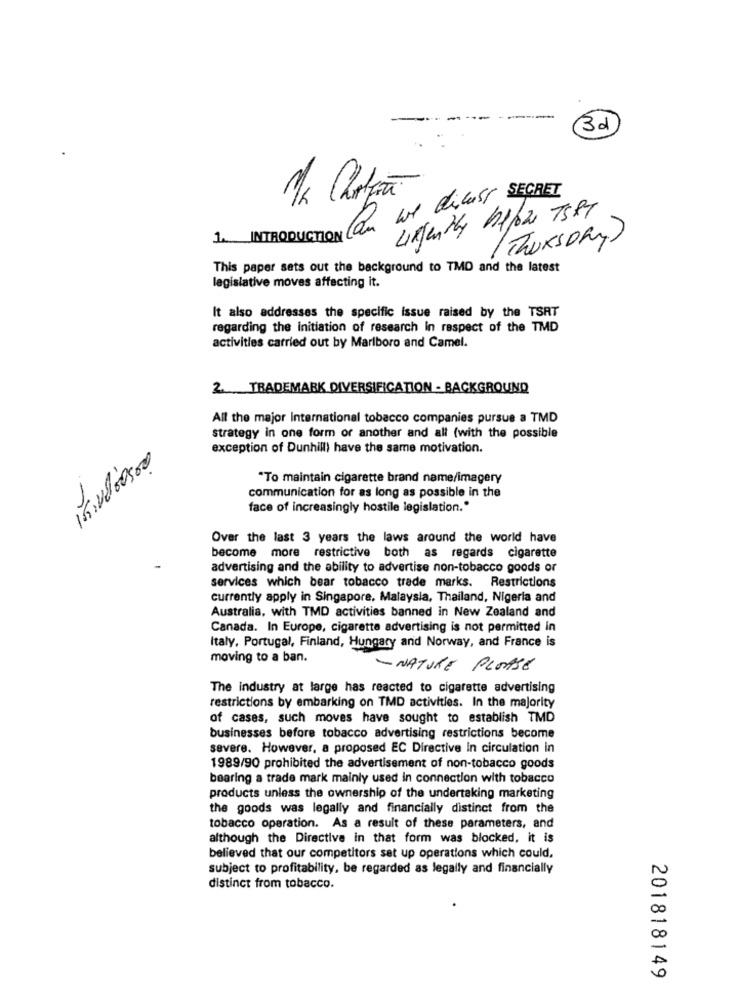
3d
INTRODUCTION Can we dilust, SECRET
1.
( Thursday)
This paper sets out the background to TMD and the latest
legislative moves affecting it.
It also addresses the specific issue raised by the TSRT
regarding the initiation of research In respect of the TMD
activities carried out by Marlboro and Camel.
2. TRADEMARK DIVERSIFICATION - BACKGROUND
All the major international tobacco companies pursue a TMD
strategy in one form or another and all (with the possible
exception of Dunhill) have the same motivation.
15.1800:00
*To maintain cigarette brand name/imagery
communication for as long as possible in the
face of increasingly hostile legislation."
Over the last 3 years the laws around the world have
become more restrictive both as regards cigarette
advertising and the ability to advertise non-tobacco goods or
services which bear tobacco trade marks. Restrictions
currently apply in Singapore, Malaysia, Thailand, Nigeria and
Australia, with TMD activities banned in New Zealand and
Canada. In Europe, cigarette advertising is not permitted in
Italy, Portugal, Finland, Hungary and Norway, and France is
moving to a ban.
- NATURE PLEASE
The industry at large has reacted to cigarette advertising
restrictions by embarking on TMD activities. In the majority
of cases, such moves have sought to establish TMD
businesses before tobacco advertising restrictions become
severe. However, a proposed EC Directive In circulation in
1989/90 prohibited the advertisement of non-tobacco goods
bearing a trade mark mainly used in connection with tobacco
products unless the ownership of the undertaking marketing
the goods was legally and financially distinct from the
tobacco operation. As a result of these parameters, and
although the Directive in that form was blocked, it is
believed that our competitors set up operations which could,
subject to profitability, be regarded as legally and financially
distinct from tobacco.
20
00
201818149